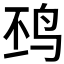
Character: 𱉖